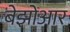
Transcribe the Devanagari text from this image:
बेझोआर